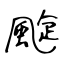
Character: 颴